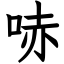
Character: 哧